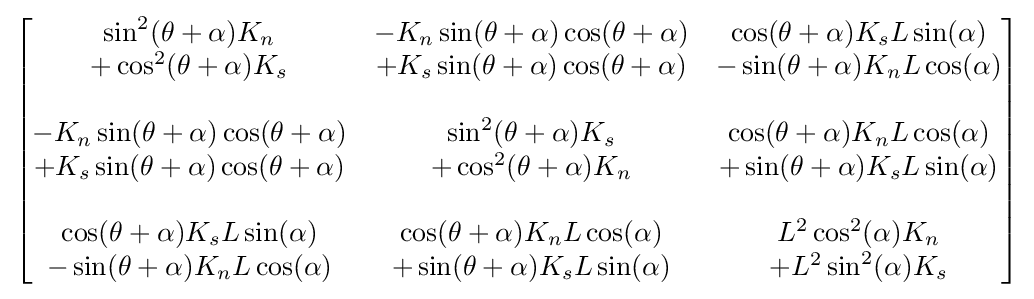
{\begin{bmatrix}\sin ^{2}(\theta +\alpha )K_{n}&-K_{n}\sin(\theta +\alpha )\cos(\theta +\alpha )&\cos(\theta +\alpha )K_{s}L\sin(\alpha )\\+\cos ^{2}(\theta +\alpha )K_{s}&+K_{s}\sin(\theta +\alpha )\cos(\theta +\alpha )&-\sin(\theta +\alpha )K_{n}L\cos(\alpha )\\\\-K_{n}\sin(\theta +\alpha )\cos(\theta +\alpha )&\sin ^{2}(\theta +\alpha )K_{s}&\cos(\theta +\alpha )K_{n}L\cos(\alpha )\\+K_{s}\sin(\theta +\alpha )\cos(\theta +\alpha )&+\cos ^{2}(\theta +\alpha )K_{n}&+\sin(\theta +\alpha )K_{s}L\sin(\alpha )\\\\\cos(\theta +\alpha )K_{s}L\sin(\alpha )&\cos(\theta +\alpha )K_{n}L\cos(\alpha )&L^{2}\cos ^{2}(\alpha )K_{n}\\-\sin(\theta +\alpha )K_{n}L\cos(\alpha )&+\sin(\theta +\alpha )K_{s}L\sin(\alpha )&+L^{2}\sin ^{2}(\alpha )K_{s}\end{bmatrix}}